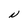
Character: N